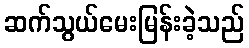
ဆက်သွယ်မေးမြန်းခဲ့သည်